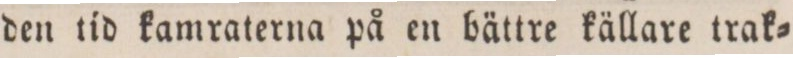
den tid kamraterna på en bättre källare trak=